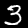
Label: 3